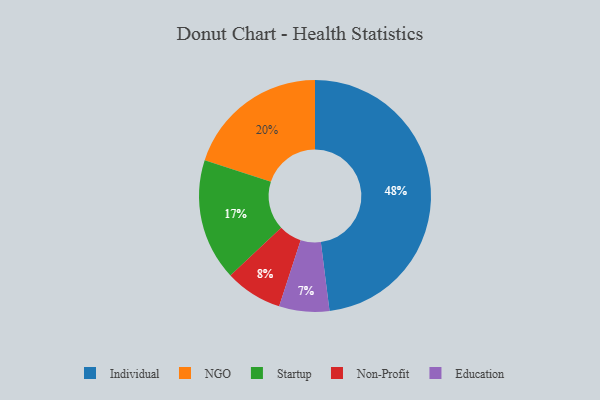
{"axis": {"x": "Category", "y": "Percentage"}, "legend": ["Education", "Individual", "NGO", "Non-Profit", "Startup"], "data": [{"x": "Non-Profit", "y": 8, "type": "Non-Profit"}, {"x": "Education", "y": 7, "type": "Education"}, {"x": "Startup", "y": 17, "type": "Startup"}, {"x": "NGO", "y": 20, "type": "NGO"}, {"x": "Individual", "y": 48, "type": "Individual"}]}